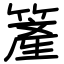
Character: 簅